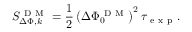
S _ { \Delta \Phi , k } ^ { \mathrm { ~ D ~ M ~ } } = \frac { 1 } { 2 } \left( \Delta \Phi _ { 0 } ^ { \mathrm { ~ D ~ M ~ } } \right) ^ { 2 } \tau _ { \mathrm { ~ e ~ x ~ p ~ } } .